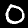
Label: 0